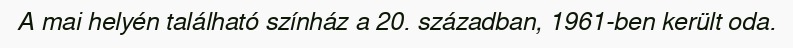
A mai helyén található színház a 20. században, 1961-ben került oda.